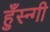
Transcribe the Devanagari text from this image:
हुँस्न्गी